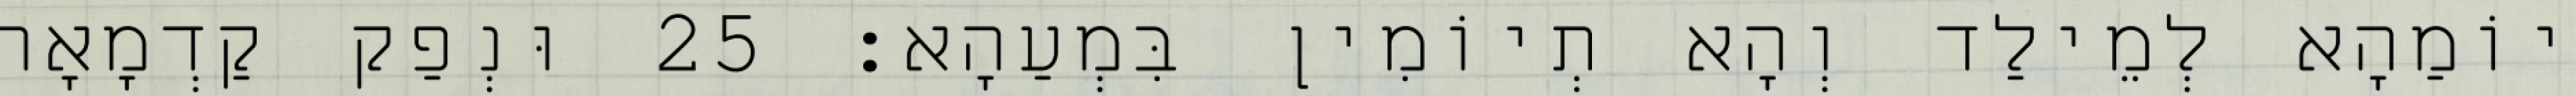
יוֹמַהָא לְמֵילַד וְהָא תְיוֹמִין בִּמְעַהָא׃ 25 וּנְפַק קַדְמָאָה